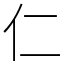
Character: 仁